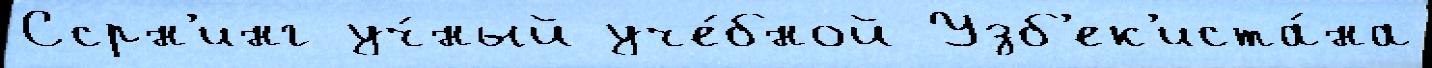
Ссрн'инг уч́ный уче́бной Узб'ек'иста́на